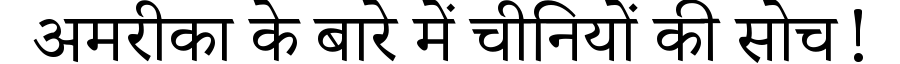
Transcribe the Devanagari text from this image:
अमरीका के बारे में चीनियों की सोच!